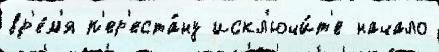
вр'е́м'я п'ер'еста́ну искл'ючи́т'е начало